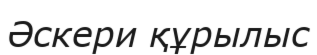
Әскери құрылыс